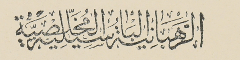
الرهبانية الباسيلية المخلصية